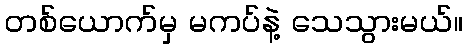
တစ်ယောက်မှ မကပ်နဲ့ သေသွားမယ်။